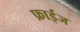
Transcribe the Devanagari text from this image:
फ्राईज